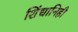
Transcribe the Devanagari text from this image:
शिंद्यानिही